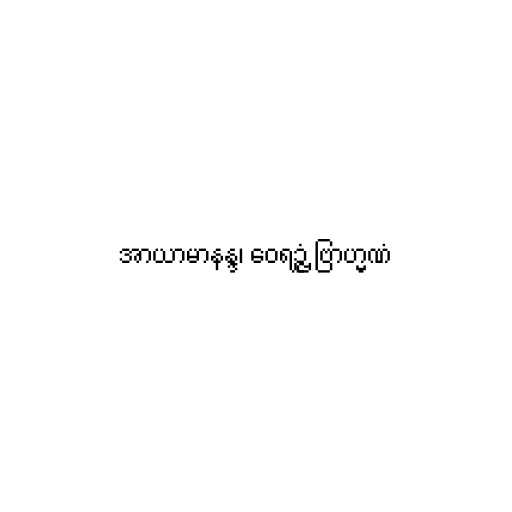
အာယာမာနန္ဒ၊ ဝေရဉ္ဇံ ဗြာဟ္မဏံ